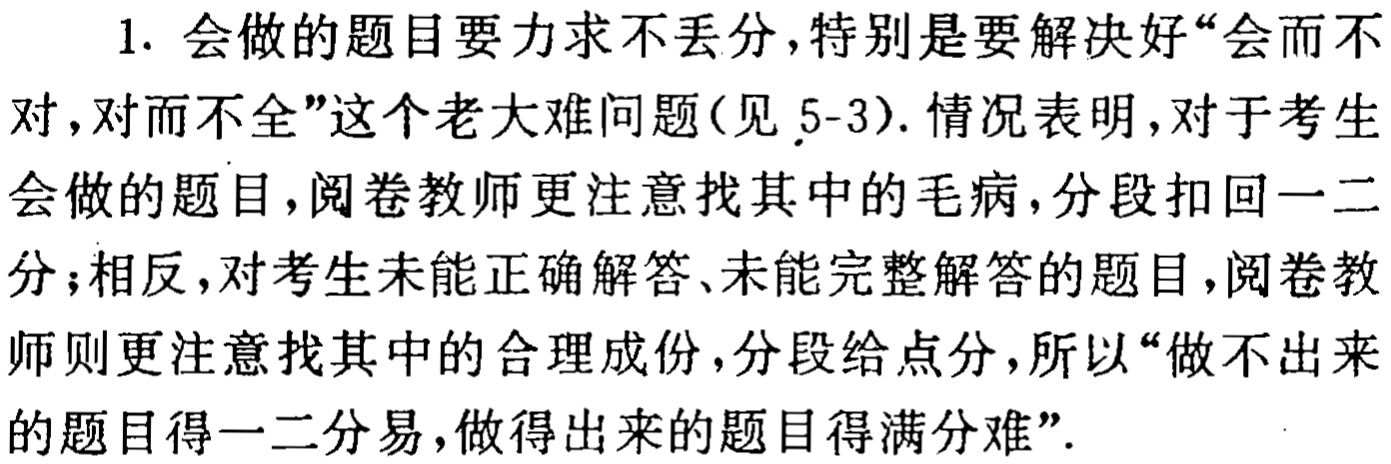
1. 会做的题目要力求不丢分,特别是要解决好“会而不对,对而不全”这个老大难问题(见5-3). 情况表明,对于考生会做的题目,阅卷教师更注意找其中的毛病,分段扣回一二分;相反,对考生未能正确解答、未能完整解答的题目,阅卷教师则更注意找其中的合理成份,分段给点分,所以“做不出来的题目得一二分易,做得出来的题目得满分难”.